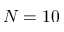
N = 1 0